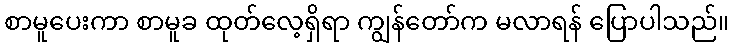
စာမူပေးကာ စာမူခ ထုတ်လေ့ရှိရာ ကျွန်တော်က မလာရန် ပြောပါသည်။